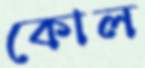
কোল